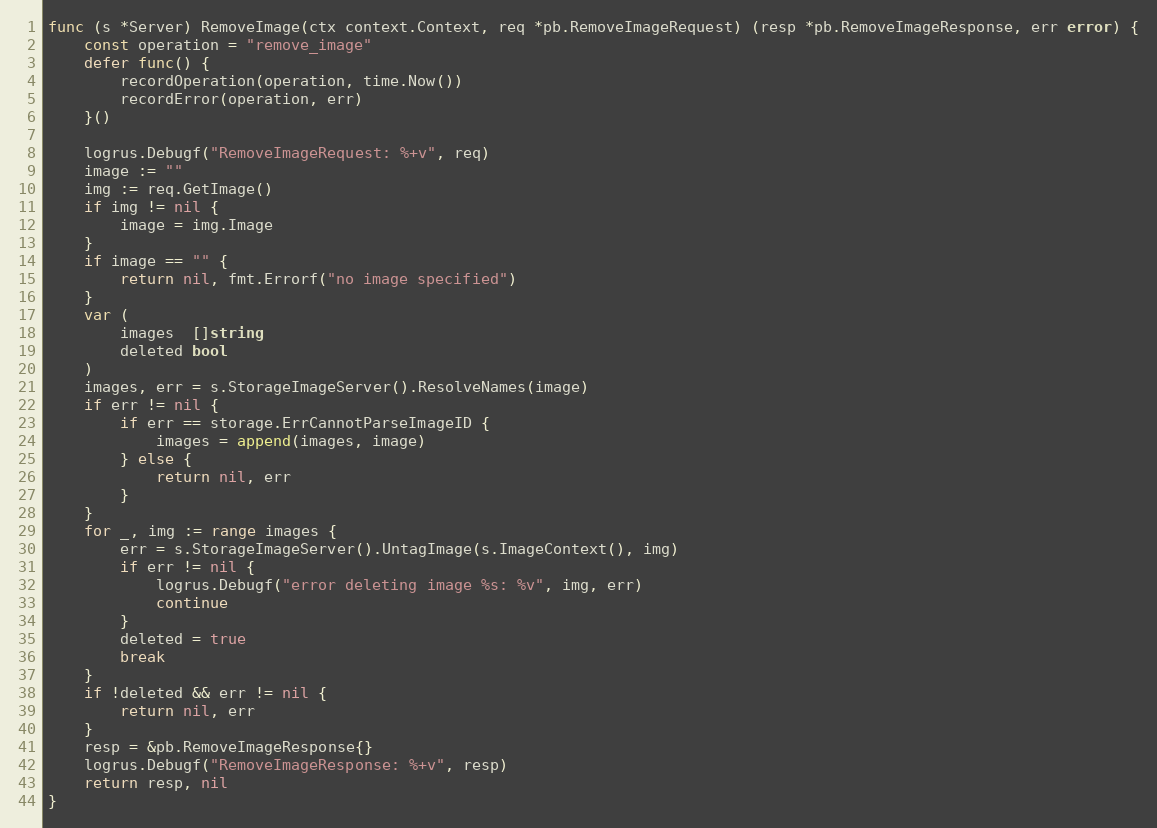
Language: Go
func (s *Server) RemoveImage(ctx context.Context, req *pb.RemoveImageRequest) (resp *pb.RemoveImageResponse, err error) {
	const operation = "remove_image"
	defer func() {
		recordOperation(operation, time.Now())
		recordError(operation, err)
	}()

	logrus.Debugf("RemoveImageRequest: %+v", req)
	image := ""
	img := req.GetImage()
	if img != nil {
		image = img.Image
	}
	if image == "" {
		return nil, fmt.Errorf("no image specified")
	}
	var (
		images  []string
		deleted bool
	)
	images, err = s.StorageImageServer().ResolveNames(image)
	if err != nil {
		if err == storage.ErrCannotParseImageID {
			images = append(images, image)
		} else {
			return nil, err
		}
	}
	for _, img := range images {
		err = s.StorageImageServer().UntagImage(s.ImageContext(), img)
		if err != nil {
			logrus.Debugf("error deleting image %s: %v", img, err)
			continue
		}
		deleted = true
		break
	}
	if !deleted && err != nil {
		return nil, err
	}
	resp = &pb.RemoveImageResponse{}
	logrus.Debugf("RemoveImageResponse: %+v", resp)
	return resp, nil
}